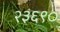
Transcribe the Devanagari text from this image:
२३६९०